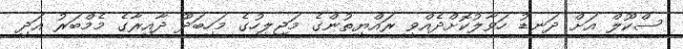
ސްކޫލް އަށް ދަނޑު ހަވާލުކޮށްދެއްވީ ރައްޔިތުންގެ މަޖިލީހުގެ މަހިބަދޫ ދާއިރާގެ މެމްބަރު އަދި